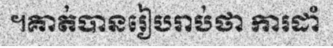
។គាត់បានរៀបរាប់ថា ការដាំ